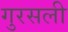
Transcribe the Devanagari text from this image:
गुरसली